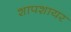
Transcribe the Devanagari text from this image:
शापशायर